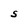
Character: S